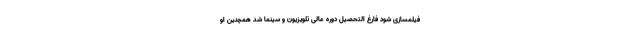
فیلمسازی شود فارغ التحصیل دوره عالی تلویزیون و سینما شد همچنین او